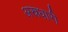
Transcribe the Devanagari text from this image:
अस्रधारी